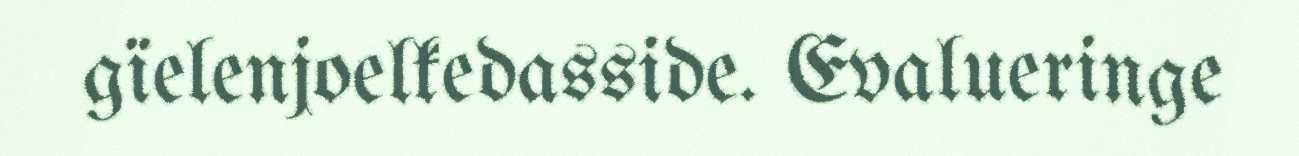
gïelenjoelkedasside. Evalueringe